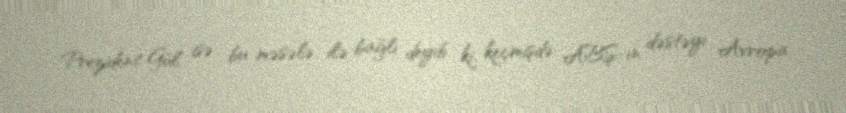
Prezident Gül isə bu məsələ ilə bağlı deyib ki, keçmişdə ABŞ-ın dəstəyi Avropa